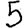
Digit: 5